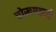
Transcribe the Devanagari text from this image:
चोखण्याची